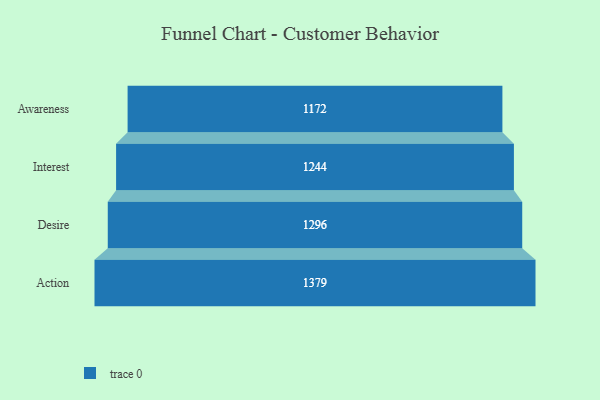
{"axis": {"x": "Stage", "y": "Value"}, "legend": [""], "data": [{"x": "Awareness", "y": 1172.0, "type": ""}, {"x": "Interest", "y": 1244.0, "type": ""}, {"x": "Desire", "y": 1296.0, "type": ""}, {"x": "Action", "y": 1379.0, "type": ""}]}